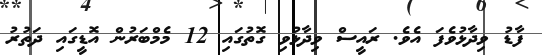
ފާޑު ވިދާޅުވެފަ އެވެ. ރައީސް ވިދާޅުވި ގޮތުގައި 12 މެމްބަރުން އޮޑީގައި ދަތުރު